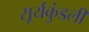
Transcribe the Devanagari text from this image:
सूर्यकुंडली